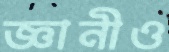
জ্ঞানীও